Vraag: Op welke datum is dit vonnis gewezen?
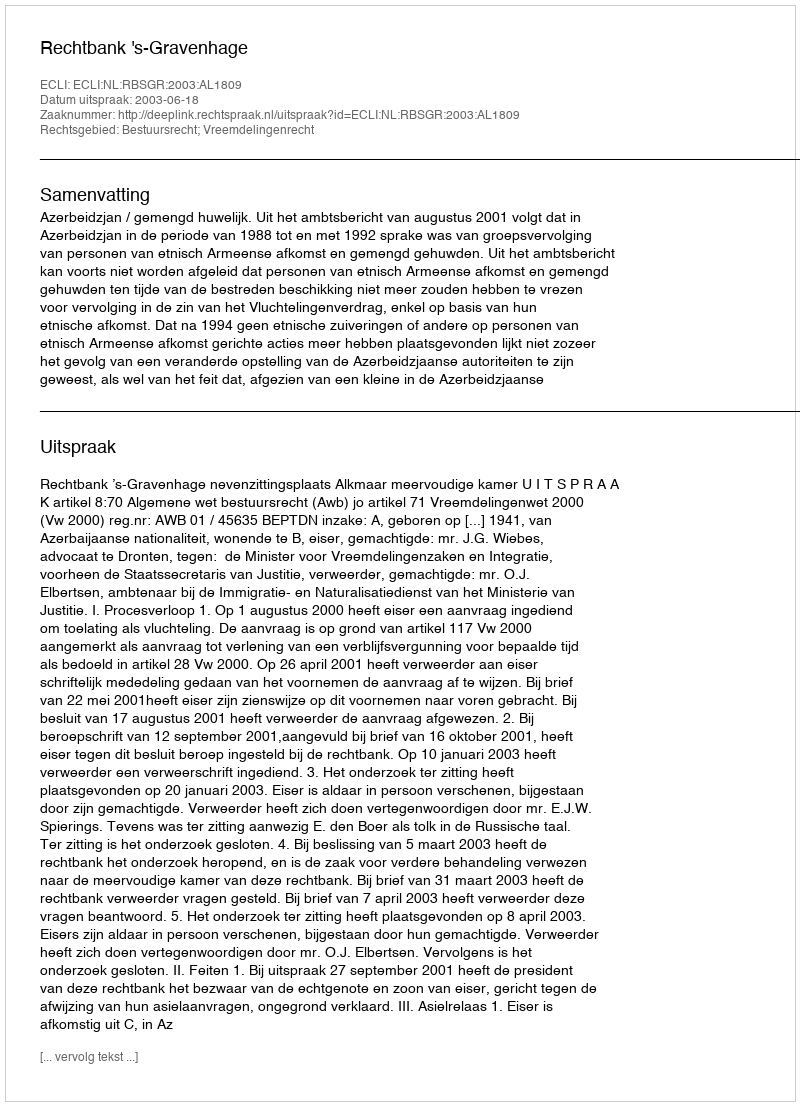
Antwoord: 2003-06-18